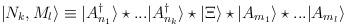
LaTeX: \begin{align*}|N_k,M_l\rangle\equiv |A^{\dag}_{n_{1}}\rangle\star...|A^{\dag}_{n_k}\rangle \star |\Xi\rangle \star|A_{m_1}\rangle \star ...|A_{m_l}\rangle\end{align*}